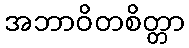
အဘာဝိတစိတ္တာ